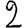
Digit: 2